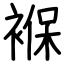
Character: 褓